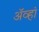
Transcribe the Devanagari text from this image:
अॅव्हां